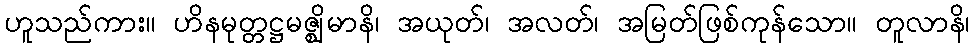
ဟူသည်ကား။ ဟိနမုတ္တဋ္ဌမဇ္ဈိမာနိ၊ အယုတ်၊ အလတ်၊ အမြတ်ဖြစ်ကုန်သော။ တူလာနိ၊